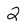
Character: 2